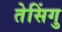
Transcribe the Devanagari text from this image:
तेसिंगु